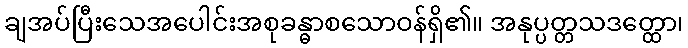
ချအပ်ပြီးသေအပေါင်းအစုခန္ဓာစသောဝန်ရှိ၏။ အနုပ္ပတ္တသဒတ္ထော၊